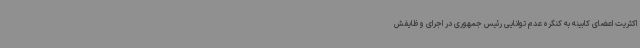
اکثریت اعضای کابینه به کنگره عدم توانایی رئیس جمهوری در اجرای وظایفش